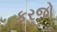
કરજો